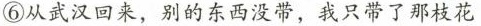
④从武汉回来，别的左西没带。我只件了那枝花